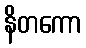
နိတကော